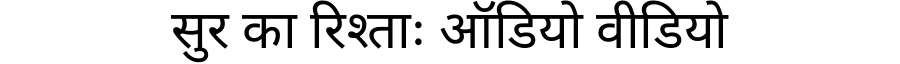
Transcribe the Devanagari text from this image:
सुर का रिश्ताः ऑडियो वीडियो